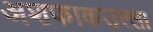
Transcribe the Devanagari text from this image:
अशफाकउल्ला